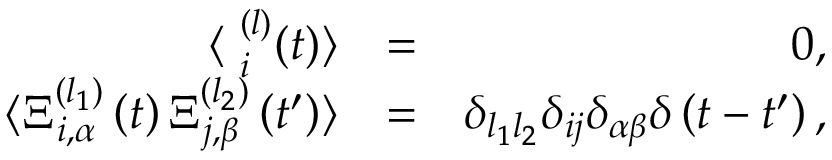
\begin{array} { r l r } { \langle { \bf \Xi } _ { i } ^ { ( l ) } ( t ) \rangle } & { = } & { 0 , } \\ { \langle { \Xi } _ { i , \alpha } ^ { ( l _ { 1 } ) } \left( t \right) { \Xi } _ { j , \beta } ^ { ( l _ { 2 } ) } \left( t ^ { \prime } \right) \rangle } & { = } & { \delta _ { l _ { 1 } l _ { 2 } } \delta _ { i j } \delta _ { \alpha \beta } \delta \left( t - t ^ { \prime } \right) , } \end{array}